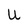
Character: U